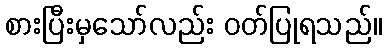
စားပြီးမှသော်လည်း ဝတ်ပြုရသည်။